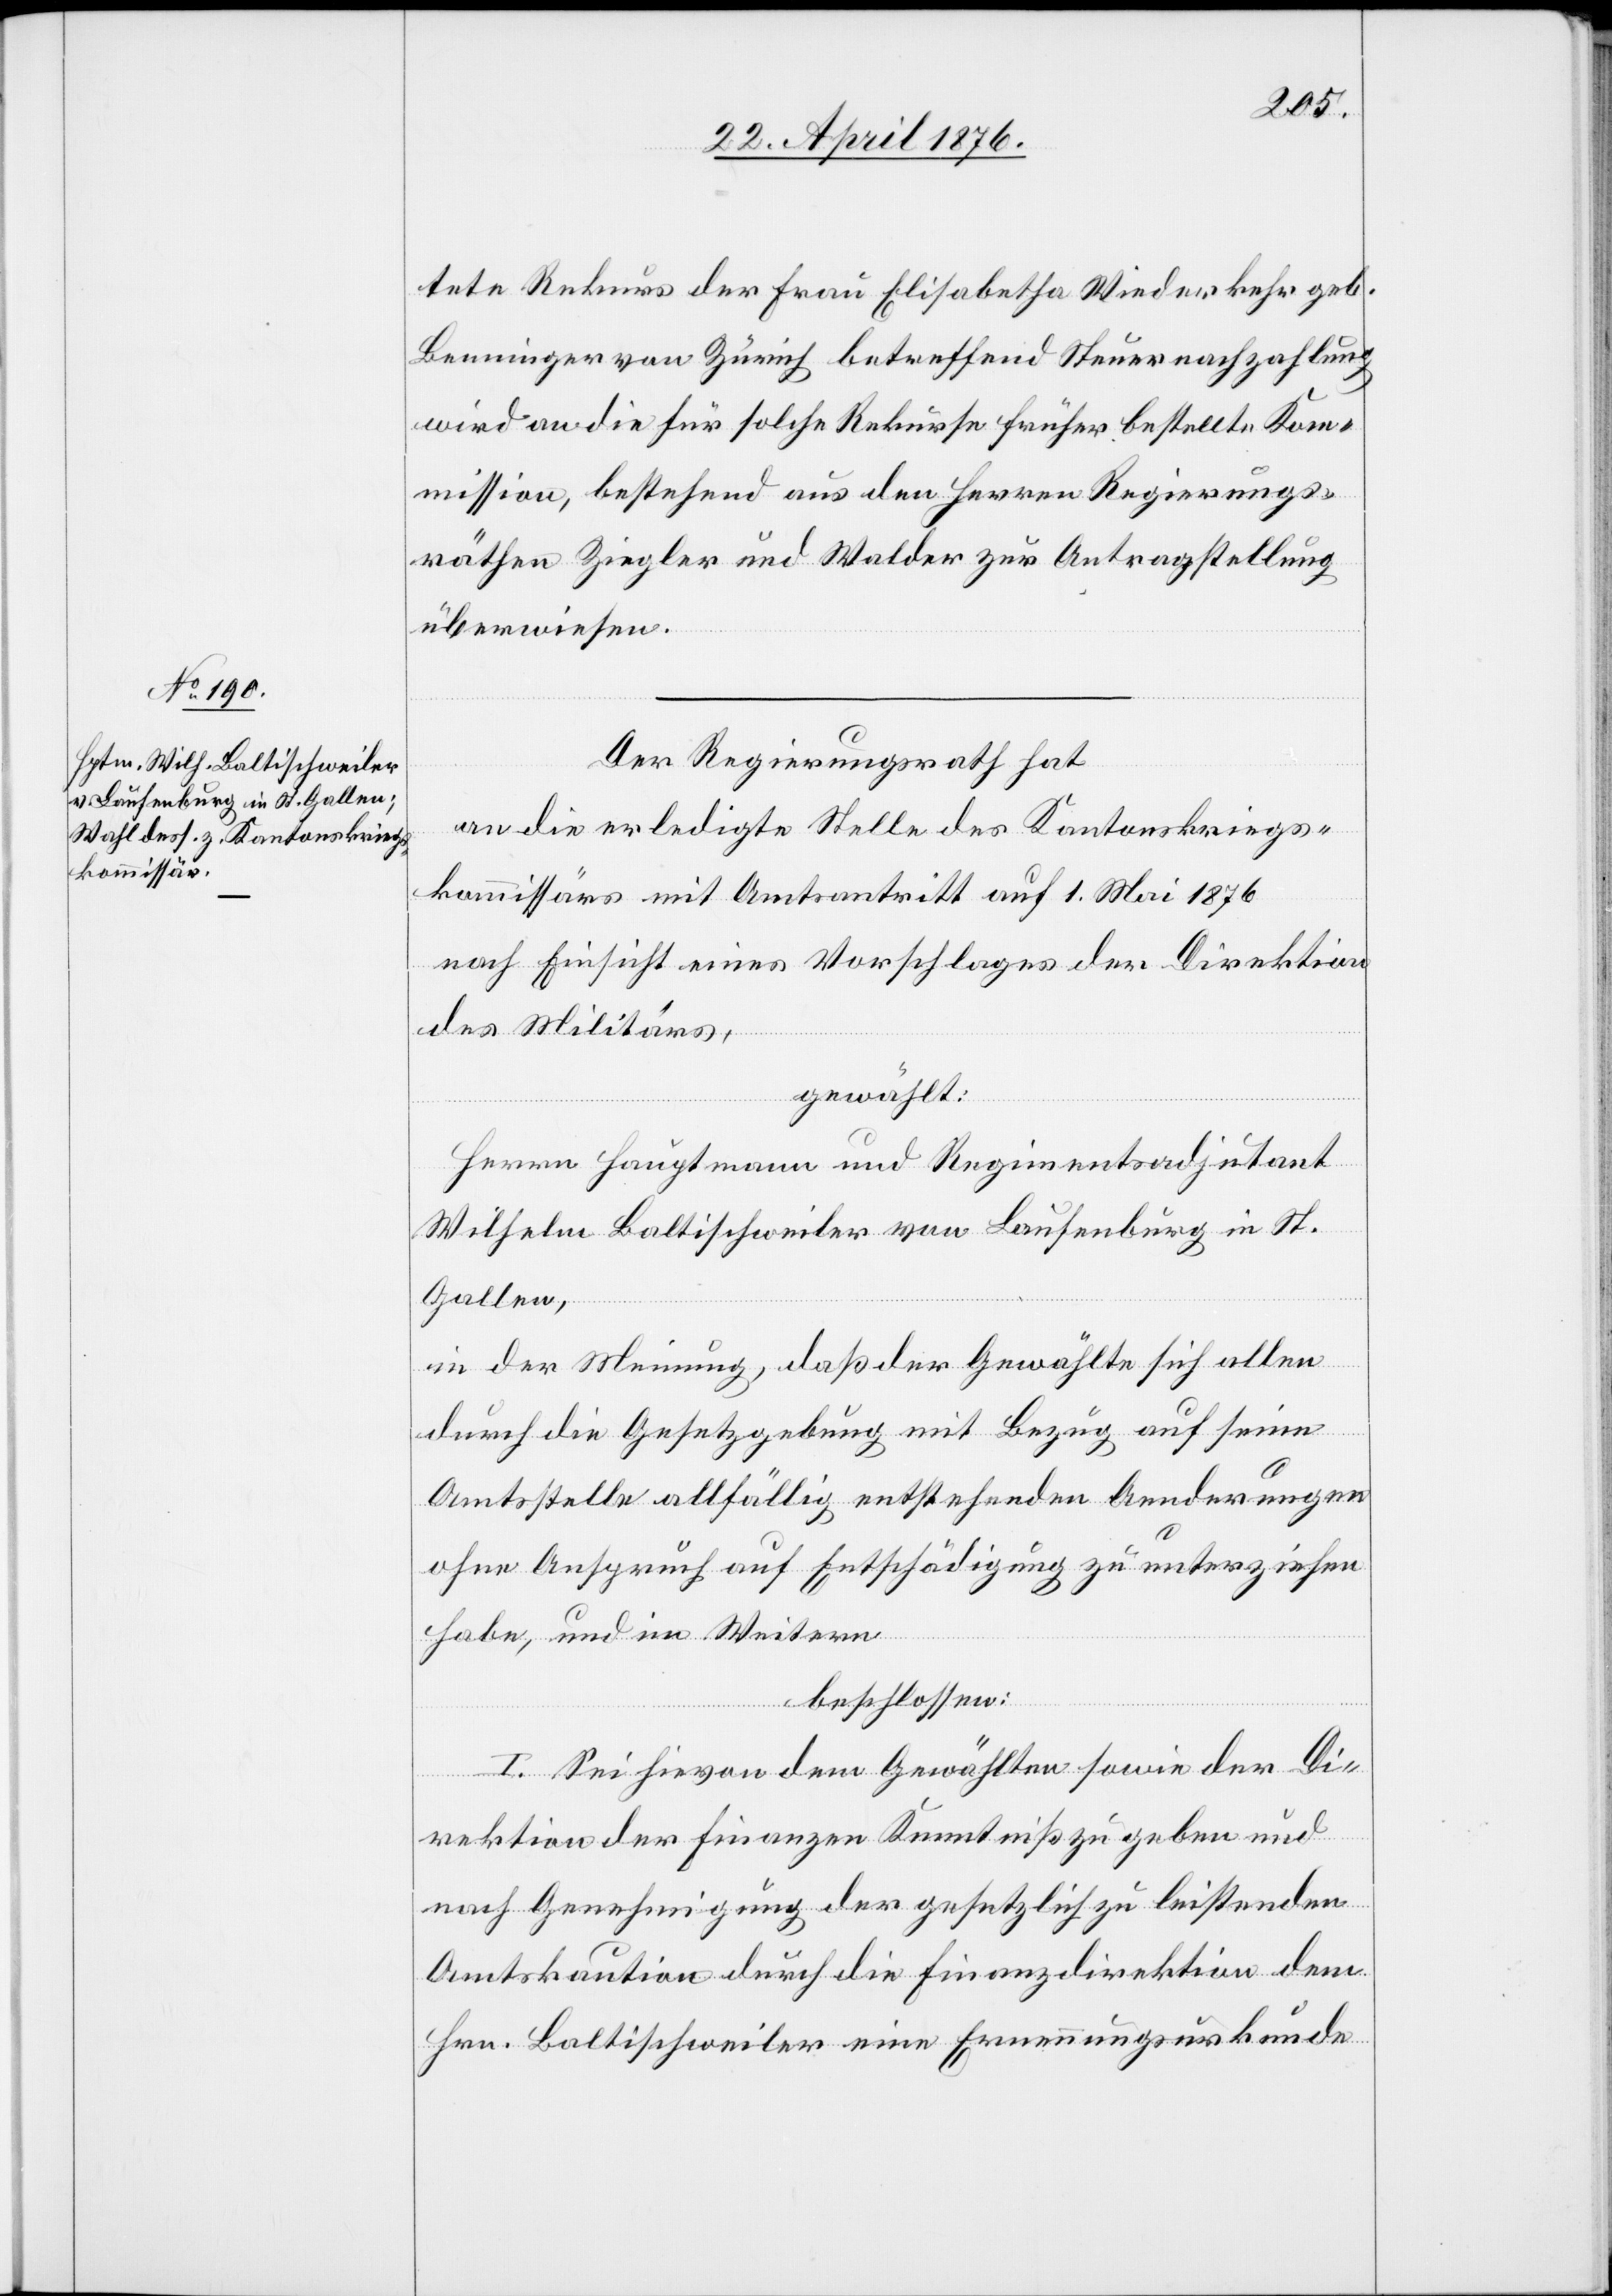
tete Rekurs der Frau Elisabeth Wiederkehr geb.
Benninger von Zürich betreffend Steuernachzahlung
wird an die für solche Rekurse früher bestellte Kom¬
mission, bestehend aus den Herren Regierungs¬
räthen Ziegler und Walder zur Antragstellung
überwiesen.
Der Regierungsrath hat
an die erledigte Stelle des Kantonskriegs¬
kommissärs mit Amtsantritt auf 1. Mai 1876
nach Einsicht eines Vorschlages der Direktion
des Militärs,
gewählt:
Herrn Hauptmann und Regierungsadjutant
Wilhelm Baltischweiler von Laufenburg in St.
Gallen,
in der Meinung, daß der Gewählte sich allen
durch die Gesetzgebung mit Bezug auf seine
Amtsstelle allfällig entstehenden Aenderungen
ohne Anspruch auf Entschädigung zu unterziehen
habe, und im Weitern
beschlossen:
I. Sei hievon dem Gewählten sowie der Di¬
rektion der Finanzen Kenntniß zu geben und
nach Genehmigung der gesetzlich zu leistenden
Amtskaution durch die Finanzdirektion dem
Hrn. Baltischweiler eine Ernennungsurkunde